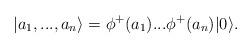
LaTeX: \begin{align*}|a_1,...,a_n\rangle =\phi ^+(a_1)...\phi ^+(a_n)|0\rangle .\end{align*}